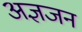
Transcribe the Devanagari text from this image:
अज्ञजन